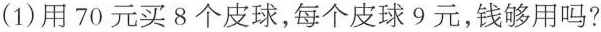
(1)用70元买8个皮球，每个皮球9元，钱够用吗？